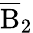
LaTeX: \overline{{\mathrm B}}_{2}